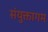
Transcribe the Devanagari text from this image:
संयुक्तागम